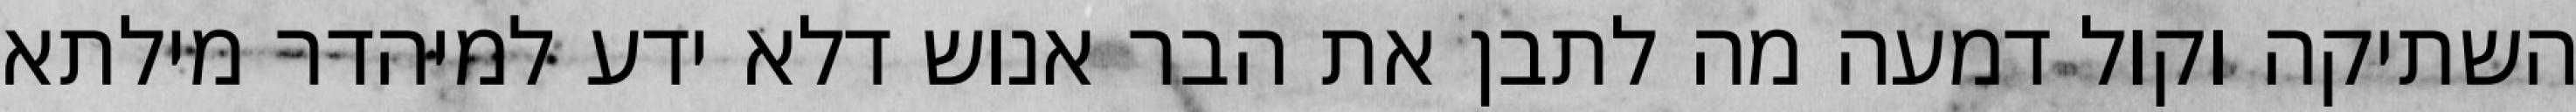
השתיקה וקול דמעה מה לתבן את הבר אנוש דלא ידע למיהדר מילתא